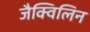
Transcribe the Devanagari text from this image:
जैक्विलिन